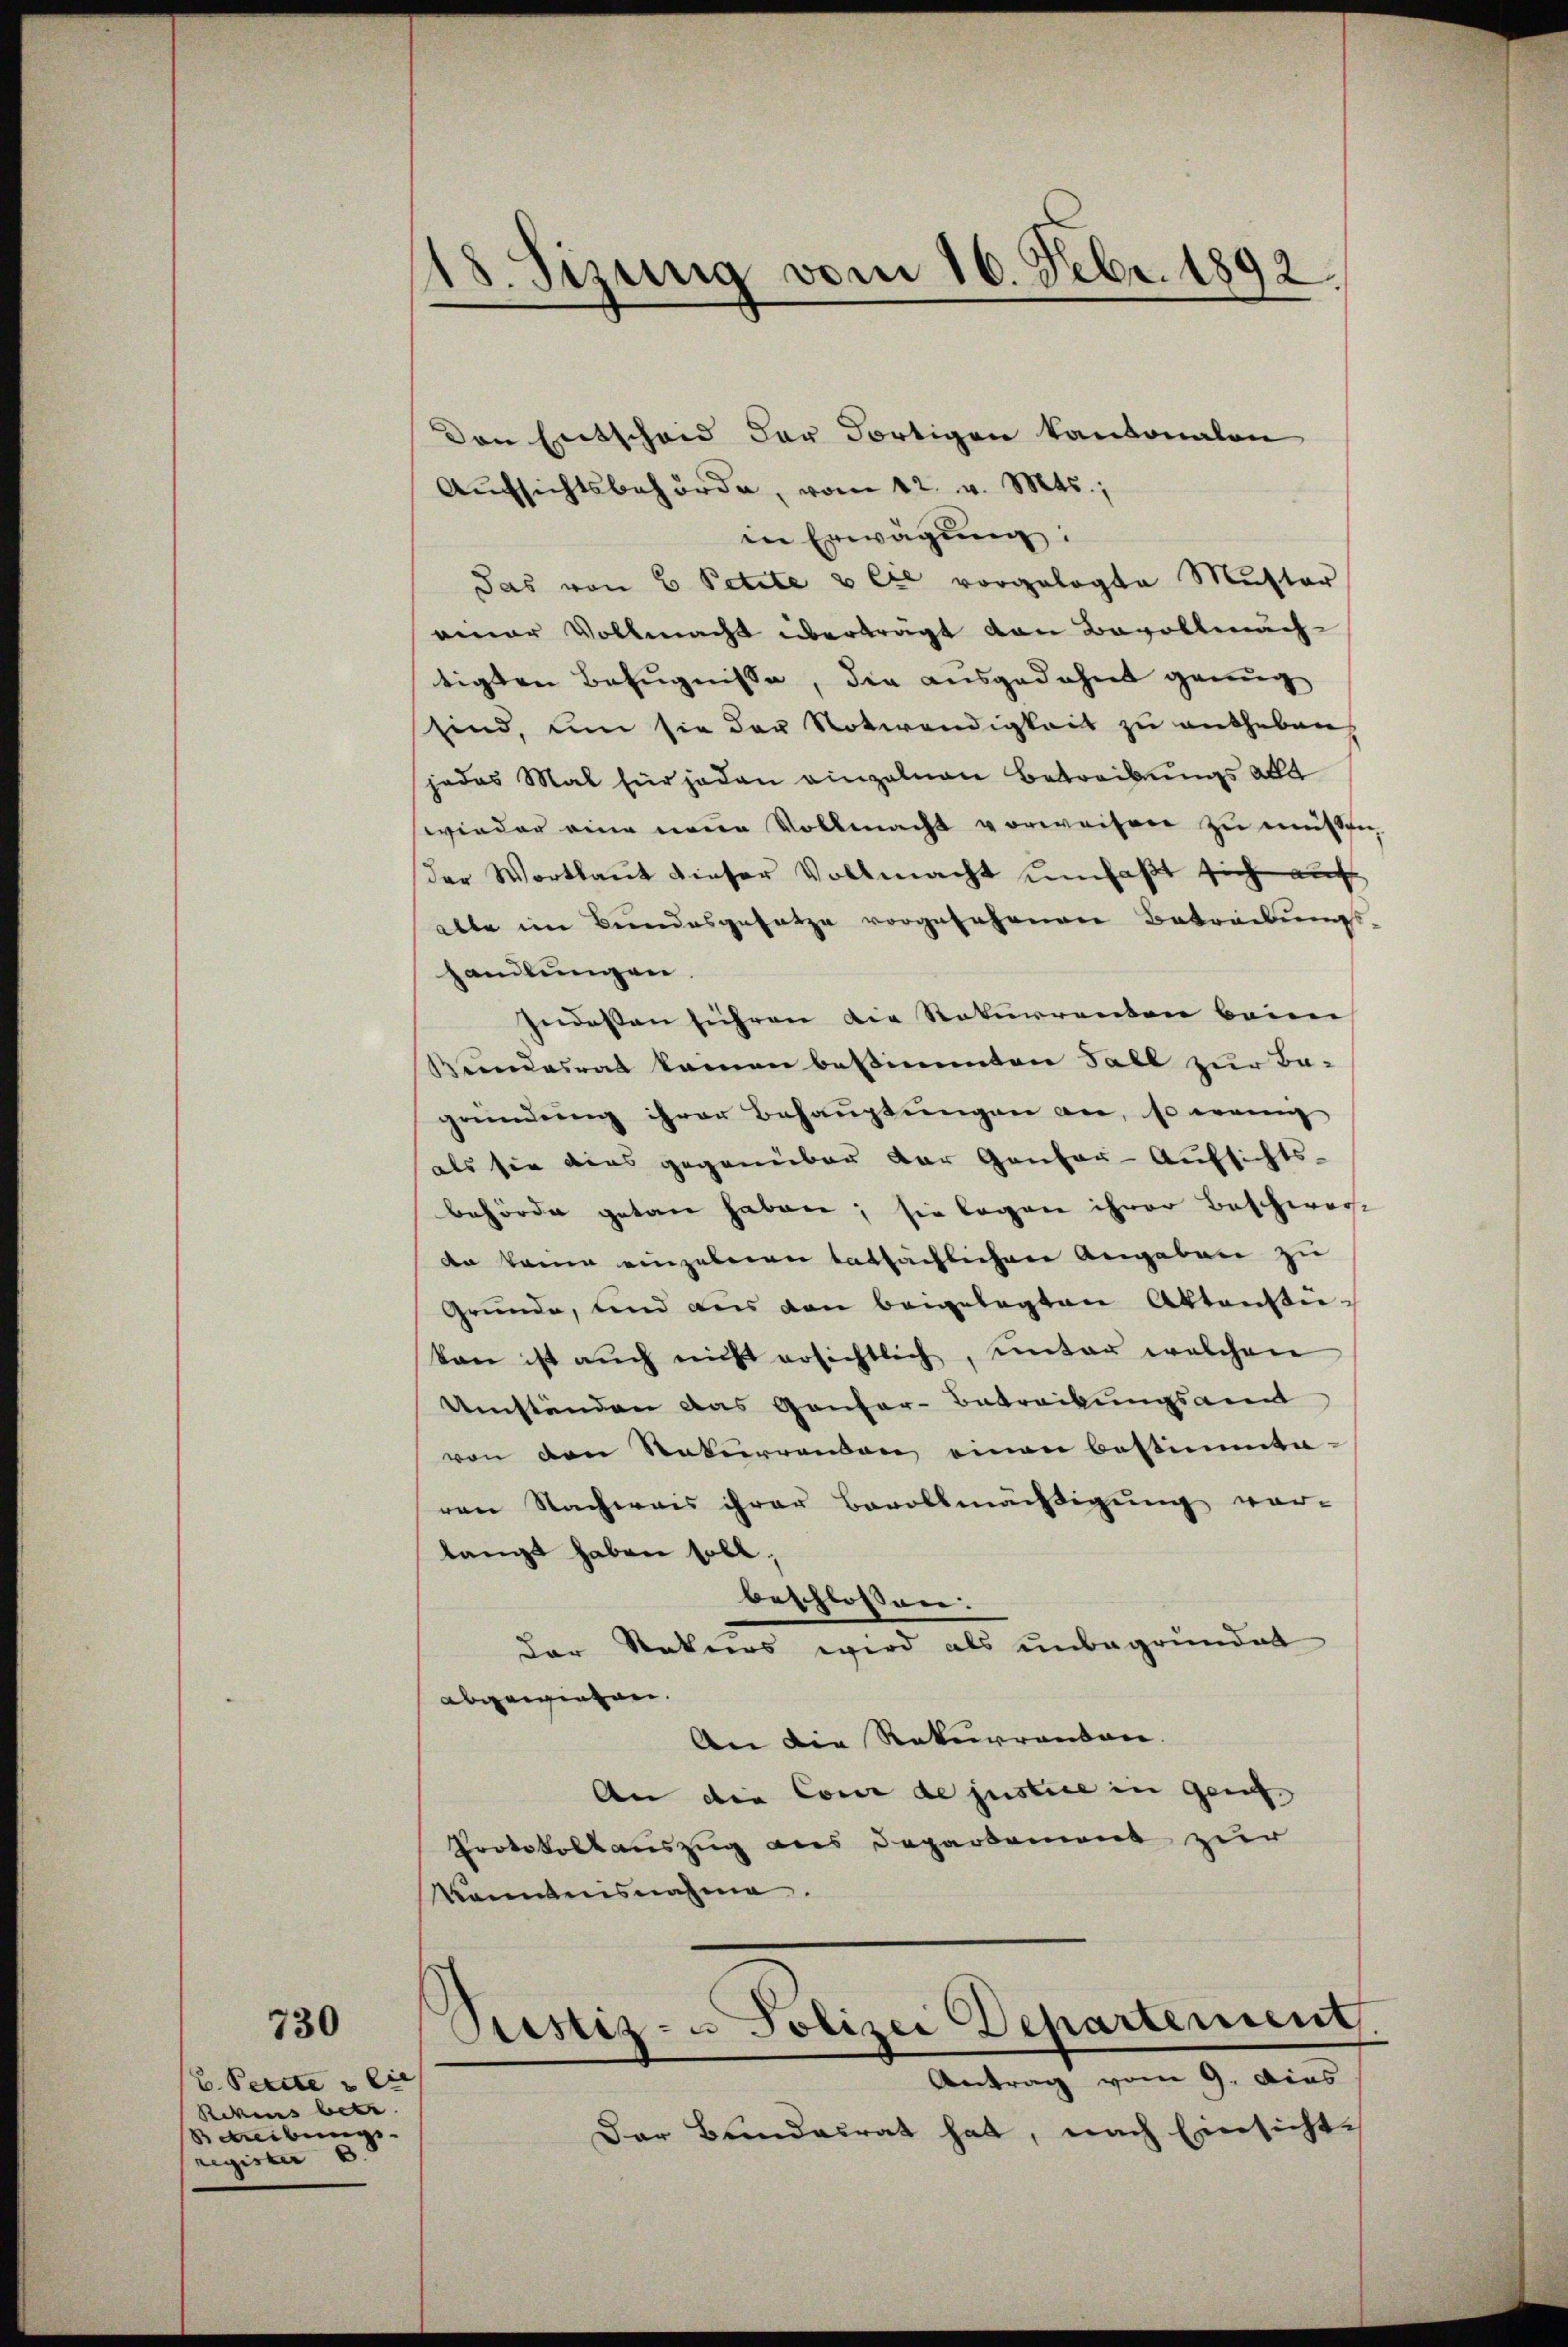
730

B. Petite lie
Rekens betr.
Betreibungs-
register 6.

8. Sizung vom 16. Febr. 1892.

Den Entscheid der Fortigen kantonalen
Aufsichtsbehörde, vom 12. v. Mts.,
in Erwägung:
Jas von 6 Petite & Cie vorgelegte Mutter
einer Vollmacht übertragt von Bevollmach
tigten Befugnisse, die ausgedehnt genug
sind, um sie der Notwendigkeit zu entheben,
jedes Mal für jeden einzelnen Betreibungs alle
wieder eine neue Vollmacht vorweisen zu müssen,
der Wortlaut dieser Vollmacht umfaßt sich auch
able im Bundesgesetze vorgefahrnen Betreibungs-
handlungen.
Indessen führen die Rekurrenden beim
Kundesrat keinen bestimmten Fall zur Be-
gründung ihrer Behauptungen an, so wenig
als sie dies gegenüber der Gantar-Aufsichts-
behörde getan haben; sie legen ihrer Beschwer-
da keine eingebenen tatsächlichen Angaben zu
Gründe, und aus den beigelegten Aktenstükan ist aŭch nicht ersichtlich, unter welchen
Umständen das Gantar-Betrackungsant
von den Rekurrenden einen bestimmte
von Nachweis ihrer Bevollmächtigung vor-
langt haben soll;
beschlossen:
der Rekurs wird als unbegründet
abgewiesen.
An die Rekurrenten
An die Cour de justice in Genf
Protokollauszug aus Departement zur
Kanntnisnahme.

Justiz- u Polizei Departement.
Antrag vom 9. Dies

Der Bundesrat hat, nach Einsichte